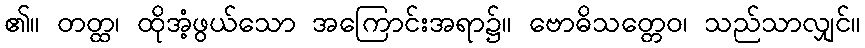
၏။ တတ္ထ၊ ထိုအံ့ဖွယ်သော အကြောင်းအရာ၌။ ဗောဓိသတ္တေဝ၊ သည်သာလျှင်။